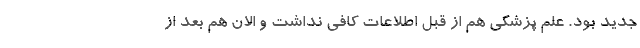
جدید بود. علم پزشکی هم از قبل اطلاعات کافی نداشت و الان هم بعد از